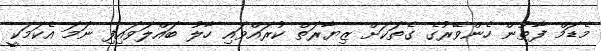
މެޑަމް ފާތުން ހެންވޭރުގެ ގެތަކަށް ޒިޔާރަތް ކުރައްވައި ހާލު ބައްލަވައިފި ނަމަ އެކަމަކީ